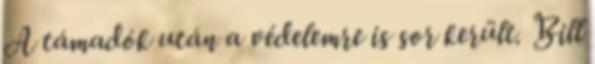
A támadók után a védelemre is sor került. Bill